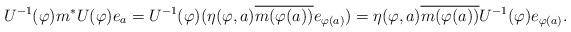
LaTeX: \begin{align*} U^{-1}(\varphi )m^{*}U(\varphi )e_{a}=U^{-1}(\varphi )(\eta (\varphi ,a){\overline{m(\varphi (a))}}e_{\varphi (a)})=\eta (\varphi ,a){\overline{m(\varphi (a))}}U^{-1}(\varphi )e_{\varphi (a)}.\end{align*}